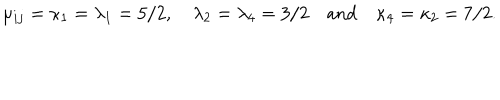
LaTeX: \mu _ { i j } = \kappa _ { 1 } = \lambda _ { 1 } = 5 / 2 , \quad \lambda _ { 2 } = \lambda _ { 4 } = 3 / 2 \quad \mathrm { a n d \quad } \kappa _ { 4 } = \kappa _ { 2 } = 7 / 2 .